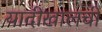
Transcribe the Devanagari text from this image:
यादीखालची